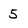
Character: 5